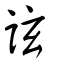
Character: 詃